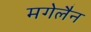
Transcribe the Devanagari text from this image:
मगेलैन